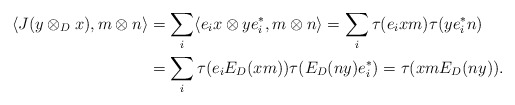
\begin{align*}\langle J(y\otimes_D x), m\otimes n\rangle&= \sum_i \langle e_ix\otimes ye_i^*,m\otimes n\rangle=\sum_i\tau(e_ixm)\tau( ye_i^*n)\\&=\sum_i\tau(e_iE_D(xm))\tau( E_D(ny)e_i^*)=\tau(xm E_D(ny)).\end{align*}